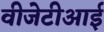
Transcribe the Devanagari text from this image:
वीजेटीआई